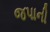
જપાની